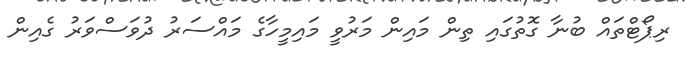
ރިޕޯޓްތައް ބުނާ ގޮތުގައި ތިން މައިން މަރުވީ މައިމީހާގެ މައްސަރު ދުވަސްވަރު ގެއިން